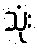
သုံး